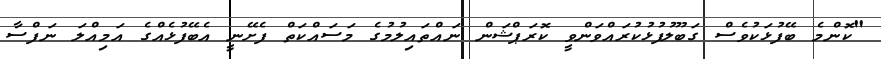
"ކޮންމެ ބޭފުޅަކުވެސް ގަބޫލުފުޅުކުރައްވަންވީ ކޮރަޕްޝަން ނައްތައިލުމުގެ މަސައްކަތް ފެށޭނީ އެބޭފުޅެއްގެ އަމިއްލަ ނަފްސާ